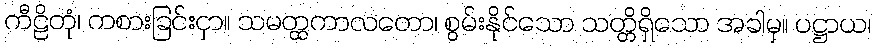
ကီဠိတုံ၊ ကစားခြင်းငှာ။ သမတ္ထကာလတော၊ စွမ်းနိုင်သော သတ္တိရှိသော အခါမှ။ ပဋ္ဌာယ၊